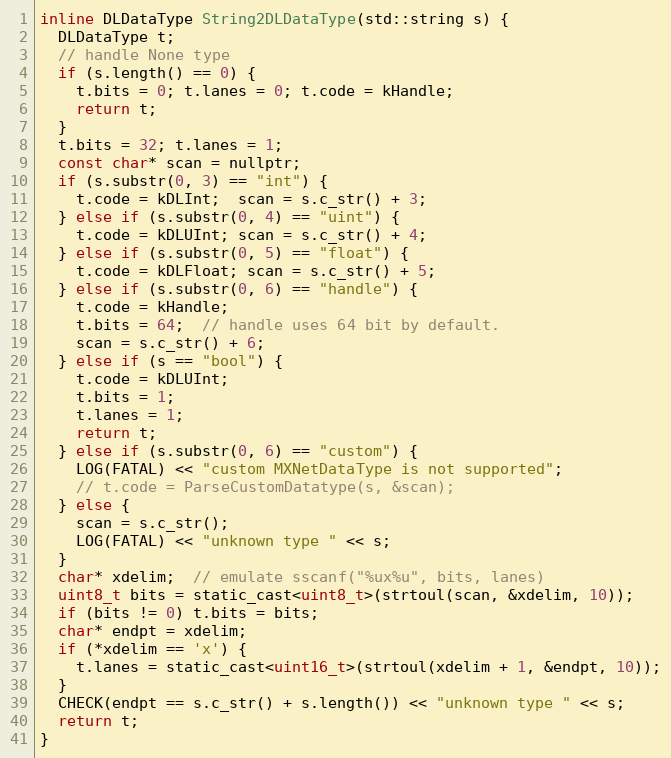
Language: C
inline DLDataType String2DLDataType(std::string s) {
  DLDataType t;
  // handle None type
  if (s.length() == 0) {
    t.bits = 0; t.lanes = 0; t.code = kHandle;
    return t;
  }
  t.bits = 32; t.lanes = 1;
  const char* scan = nullptr;
  if (s.substr(0, 3) == "int") {
    t.code = kDLInt;  scan = s.c_str() + 3;
  } else if (s.substr(0, 4) == "uint") {
    t.code = kDLUInt; scan = s.c_str() + 4;
  } else if (s.substr(0, 5) == "float") {
    t.code = kDLFloat; scan = s.c_str() + 5;
  } else if (s.substr(0, 6) == "handle") {
    t.code = kHandle;
    t.bits = 64;  // handle uses 64 bit by default.
    scan = s.c_str() + 6;
  } else if (s == "bool") {
    t.code = kDLUInt;
    t.bits = 1;
    t.lanes = 1;
    return t;
  } else if (s.substr(0, 6) == "custom") {
    LOG(FATAL) << "custom MXNetDataType is not supported";
    // t.code = ParseCustomDatatype(s, &scan);
  } else {
    scan = s.c_str();
    LOG(FATAL) << "unknown type " << s;
  }
  char* xdelim;  // emulate sscanf("%ux%u", bits, lanes)
  uint8_t bits = static_cast<uint8_t>(strtoul(scan, &xdelim, 10));
  if (bits != 0) t.bits = bits;
  char* endpt = xdelim;
  if (*xdelim == 'x') {
    t.lanes = static_cast<uint16_t>(strtoul(xdelim + 1, &endpt, 10));
  }
  CHECK(endpt == s.c_str() + s.length()) << "unknown type " << s;
  return t;
}